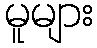
မူများ